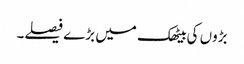
بڑوں کی بیٹھک میں بڑے فیصلے۔